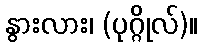
နွားလား၊ (ပုဂ္ဂိုလ်)။